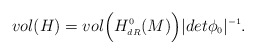
\begin{align*}vol(H) = vol\Bigl(H^{\scriptscriptstyle 0}_{\scriptscriptstyle dR}(M)\Bigr) \vert det\phi_{\scriptscriptstyle 0}\vert^{\scriptscriptstyle -1}.\end{align*}